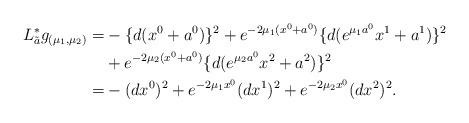
LaTeX: \begin{align*}L^\ast_{\tilde{a}}g_{(\mu_1,\mu_2)}=&-\{d(x^0+a^0)\}^2+e^{-2\mu_1(x^0+a^0)}\{d(e^{\mu_1a^0}x^1+a^1)\}^2\\&+e^{-2\mu_2(x^0+a^0)}\{d(e^{\mu_2a^0}x^2+a^2)\}^2\\=&-(dx^0)^2+e^{-2\mu_1x^0}(dx^1)^2+e^{-2\mu_2x^0}(dx^2)^2.\end{align*}